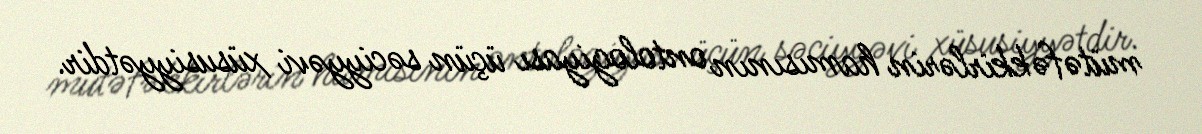
mütəfəkkirlərin hamısının ontologiyası üçün səciyyəvi xüsusiyyətdir.